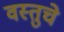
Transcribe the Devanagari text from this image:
वस्तुचे